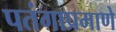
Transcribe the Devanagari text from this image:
पतंगाप्रमाणे